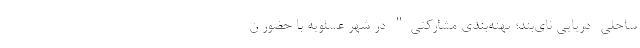
ساحلی- دریایی نای‌بند؛ پهنه‌بندی مشارکتی" در شهر عسلویه با حضور ن